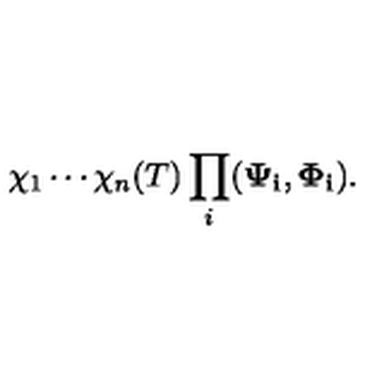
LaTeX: \chi _ { 1 } \cdots \chi _ { n } ( T ) \prod _ { i } ( { \bf \Psi _ { i } } , { \bf \Phi _ { i } } ) .